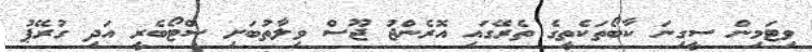
ވިޓަމިން ސީގިނަ ކާބޯތަކެތީގެ ތެރޭގައި އޮރެންޖު ޖޫސް ވިލާތުބަށި ސްޓޯބެރީ އަދި ގުރޭޕު